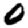
Digit: 0